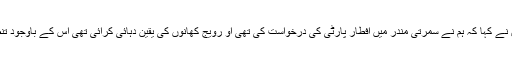
مسلم راشٹریہ منچ کے ریاستی سربراہ محمد فاروق نے کہا کہ ہم نے سمرتی مندر میں افطار پارٹی کی درخواست کی تھی او رویج کھانوں کی یقین دہائی کرائی تھی اس کے باوجود تنظیم کے اعلی عہدیداروں نے اس سے انکار کردیا ۔